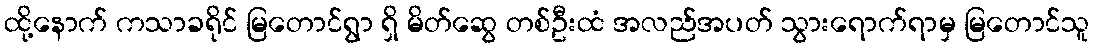
ထို့နောက် ကသာခရိုင် မြတောင်ရွာ ရှိ မိတ်ဆွေ တစ်ဦးထံ အလည်အပတ် သွားရောက်ရာမှ မြတောင်သူ